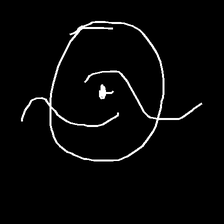
Glyph: repetition